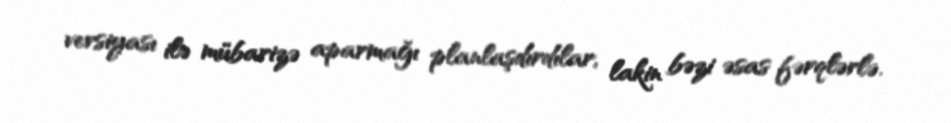
versiyası ilə mübarizə aparmağı planlaşdırdılar, lakin bəzi əsas fərqlərlə.